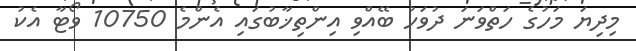
މިދިޔަ މަހުގެ ހަތްވަނަ ދުވަހު ބޭއްވި އިންތިޚާބުގައި އެންމެ 10750 ވޯޓާ އެކު